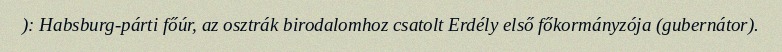
): Habsburg-párti főúr, az osztrák birodalomhoz csatolt Erdély első főkormányzója (gubernátor).